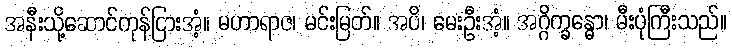
အနီးသို့ဆောင်ကုန်ငြားအံ့။ မဟာရာဇ၊ မင်းမြတ်။ အပိ၊ မေးဦးအံ့။ အဂ္ဂိက္ခန္ဓော၊ မီးပုံကြီးသည်။